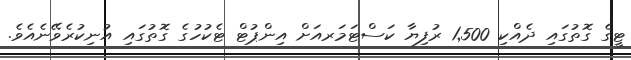
ޓީގެ ގޮތުގައި ދެއްކި 1